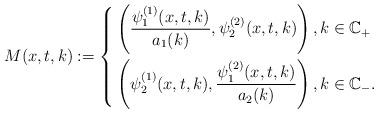
LaTeX: \begin{align*} M(x,t,k):=\left\{ \begin{aligned} &\left(\frac{\psi_1^{(1)}(x,t,k)}{a_1(k)}, \psi_2^{(2)}(x,t,k)\right), k\in \mathbb{C}_{+} \\ &\left(\psi_2^{(1)}(x,t,k), \frac{\psi_1^{(2)}(x,t,k)}{a_2(k)}\right), k\in \mathbb{C}_{-}. \end{aligned} \right.\end{align*}